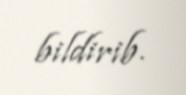
bildirib.